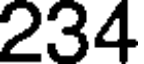
234